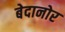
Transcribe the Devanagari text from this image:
बेदानोर